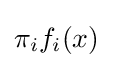
\pi _{i}f_{i}(x)